Scottish Leaving Certificate Examination, 1951
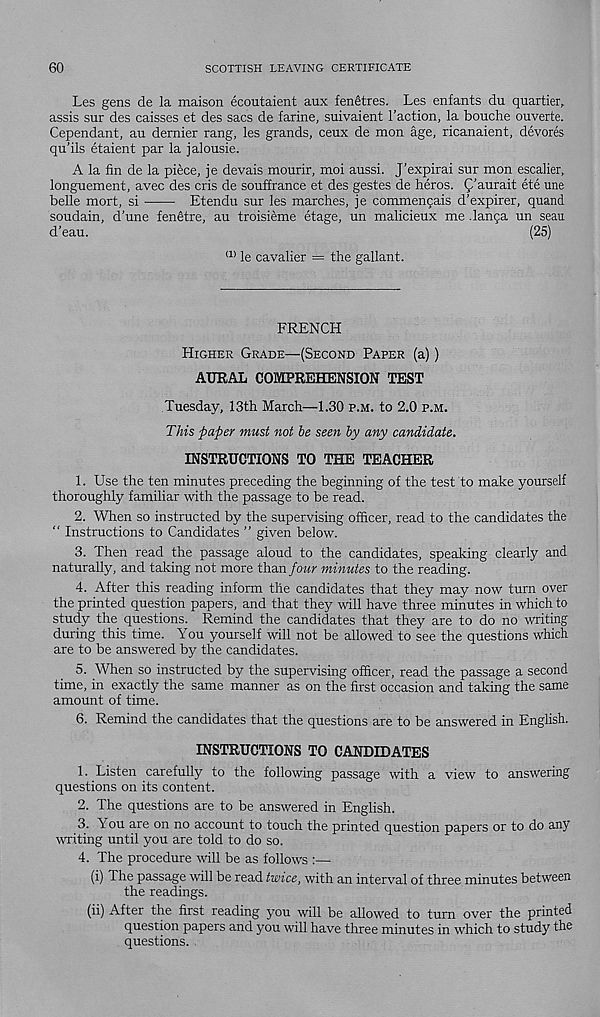
60
SCOTTISH LEAVING CERTIFICATE
Les gens de la maison ecoutaient aux fenfitres. Les enfants du quartier,
assis sur des caisses et des sacs de farine, suivaient Taction, la bouche ouverte.
Cependant, au dernier rang, les grands, ceux de mon age, ricanaient, devores
qu’ils etaient par la jalousie.
A la fin de la piece, je devais mourir, moi aussi. J’expirai sur mon escalier,
longuement, avec des cris de souffrance et des gestes de heros. Q’aurait ete une
belle mort, si
Etendu sur les marches, je commengais d’expirer, quand
soudain, d’une fen£tre, au troisieme etage, un malicieux me .langa un seau
d’eau.
(25)
(1> le cavalier = the gallant.
FRENCH
Higher Grade—(Second Paper (a))
AURAL COMPREHENSION TEST
Tuesday, 13th March—1.30 p.m. to 2.0 p.m.
This paper must not be seen by any candidate.
INSTRUCTIONS TO THE TEACHER
1. Use the ten minutes preceding the beginning of the test to make yourself
thoroughly familiar with the passage to be read.
2. When so instructed by the supervising officer, read to the candidates the
“ Instructions to Candidates ” given below.
3. Then read the passage aloud to the candidates, speaking clearly and
naturally, and taking not more than four minutes to the reading.
4. After this reading inform the candidates that they may now turn over
the printed question papers, and that they will have three minutes in which to
study the questions. Remind the candidates that they are to do no writing
during this time. You yourself will not be allowed to see the questions which
are to be answered by the candidates.
5. When so instructed by the supervising officer, read the passage a second
time, in exactly the same manner as on the first occasion and taking the same
amount of time.
6. Remind the candidates that the questions are to be answered in English.
INSTRUCTIONS TO CANDIDATES
1. Listen carefully to the following passage with a view to answering
questions on its content.
2. The questions are to be answered in English.
3. You are on no account to touch the printed question papers or to do any
writing until you are told to do so.
4. The procedure will be as follows :—
(i) The passage will be read twice, with an interval of three minutes between
the readings.
(ii) After the first reading you will be allowed to turn over the printed
question papers and you will have three minutes in which to study the
questions.